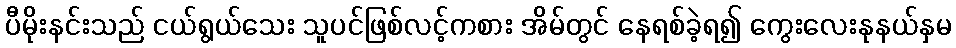
ပီမိုးနင်းသည် ငယ်ရွယ်သေး သူပင်ဖြစ်လင့်ကစား အိမ်တွင် နေရစ်ခဲ့ရ၍ ကွေးလေးနုနယ်နှမ